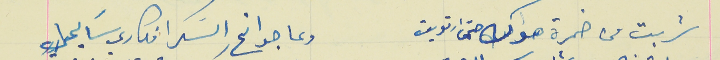
شربت من خمرة هواك حتى ارتويت                             وعا جوانح السَكر افكاري سَايحا